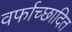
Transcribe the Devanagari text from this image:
वर्फाच्‍छादित